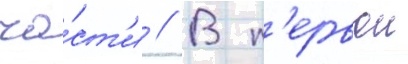
ча́ст'и // В п'ервои